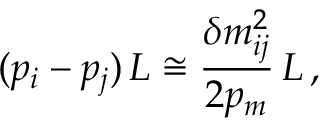
( p _ { i } - p _ { j } ) \, L \cong \frac { \delta m _ { i j } ^ { 2 } } { 2 p _ { m } } \, L \, ,